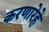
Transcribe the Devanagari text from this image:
करणारेहे